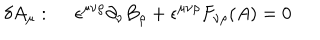
\delta A _ { \mu } : ~ ~ \epsilon ^ { \mu \nu \rho } \partial _ { \nu } B _ { \rho } + \epsilon ^ { \mu \nu \rho } F _ { \nu \rho } ( A ) = 0